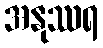
အနုဿရ